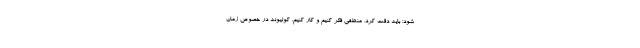
شود؛ باید دقت کرد، منطقی فکر کنیم و کار کنیم. کولیوند در خصوص زمان